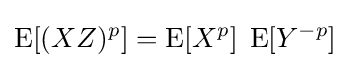
\operatorname {E} [(XZ)^{p}]=\operatorname {E} [X^{p}]\;\operatorname {E} [Y^{-p}]